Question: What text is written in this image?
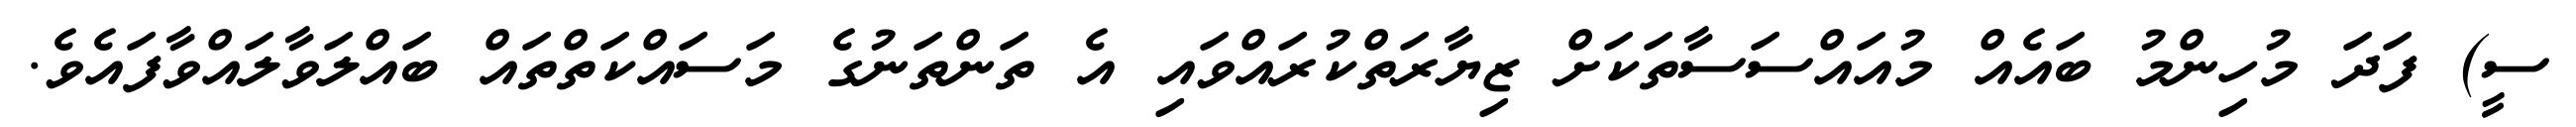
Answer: ސީ) ފަދަ މުހިންމު ބައެއް މުއައްސަސާތަކަށް ޒިޔާރަތްކުރައްވައި އެ ތަންތަނުގެ މަސައްކަތްތައް ބައްލަވާލައްވާފައެވެ.